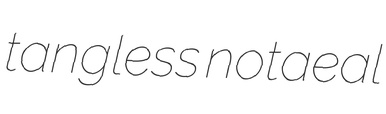
tangless notaeal